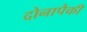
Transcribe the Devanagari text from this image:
दोनापैकी